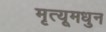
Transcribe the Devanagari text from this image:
मृत्यूमधुन